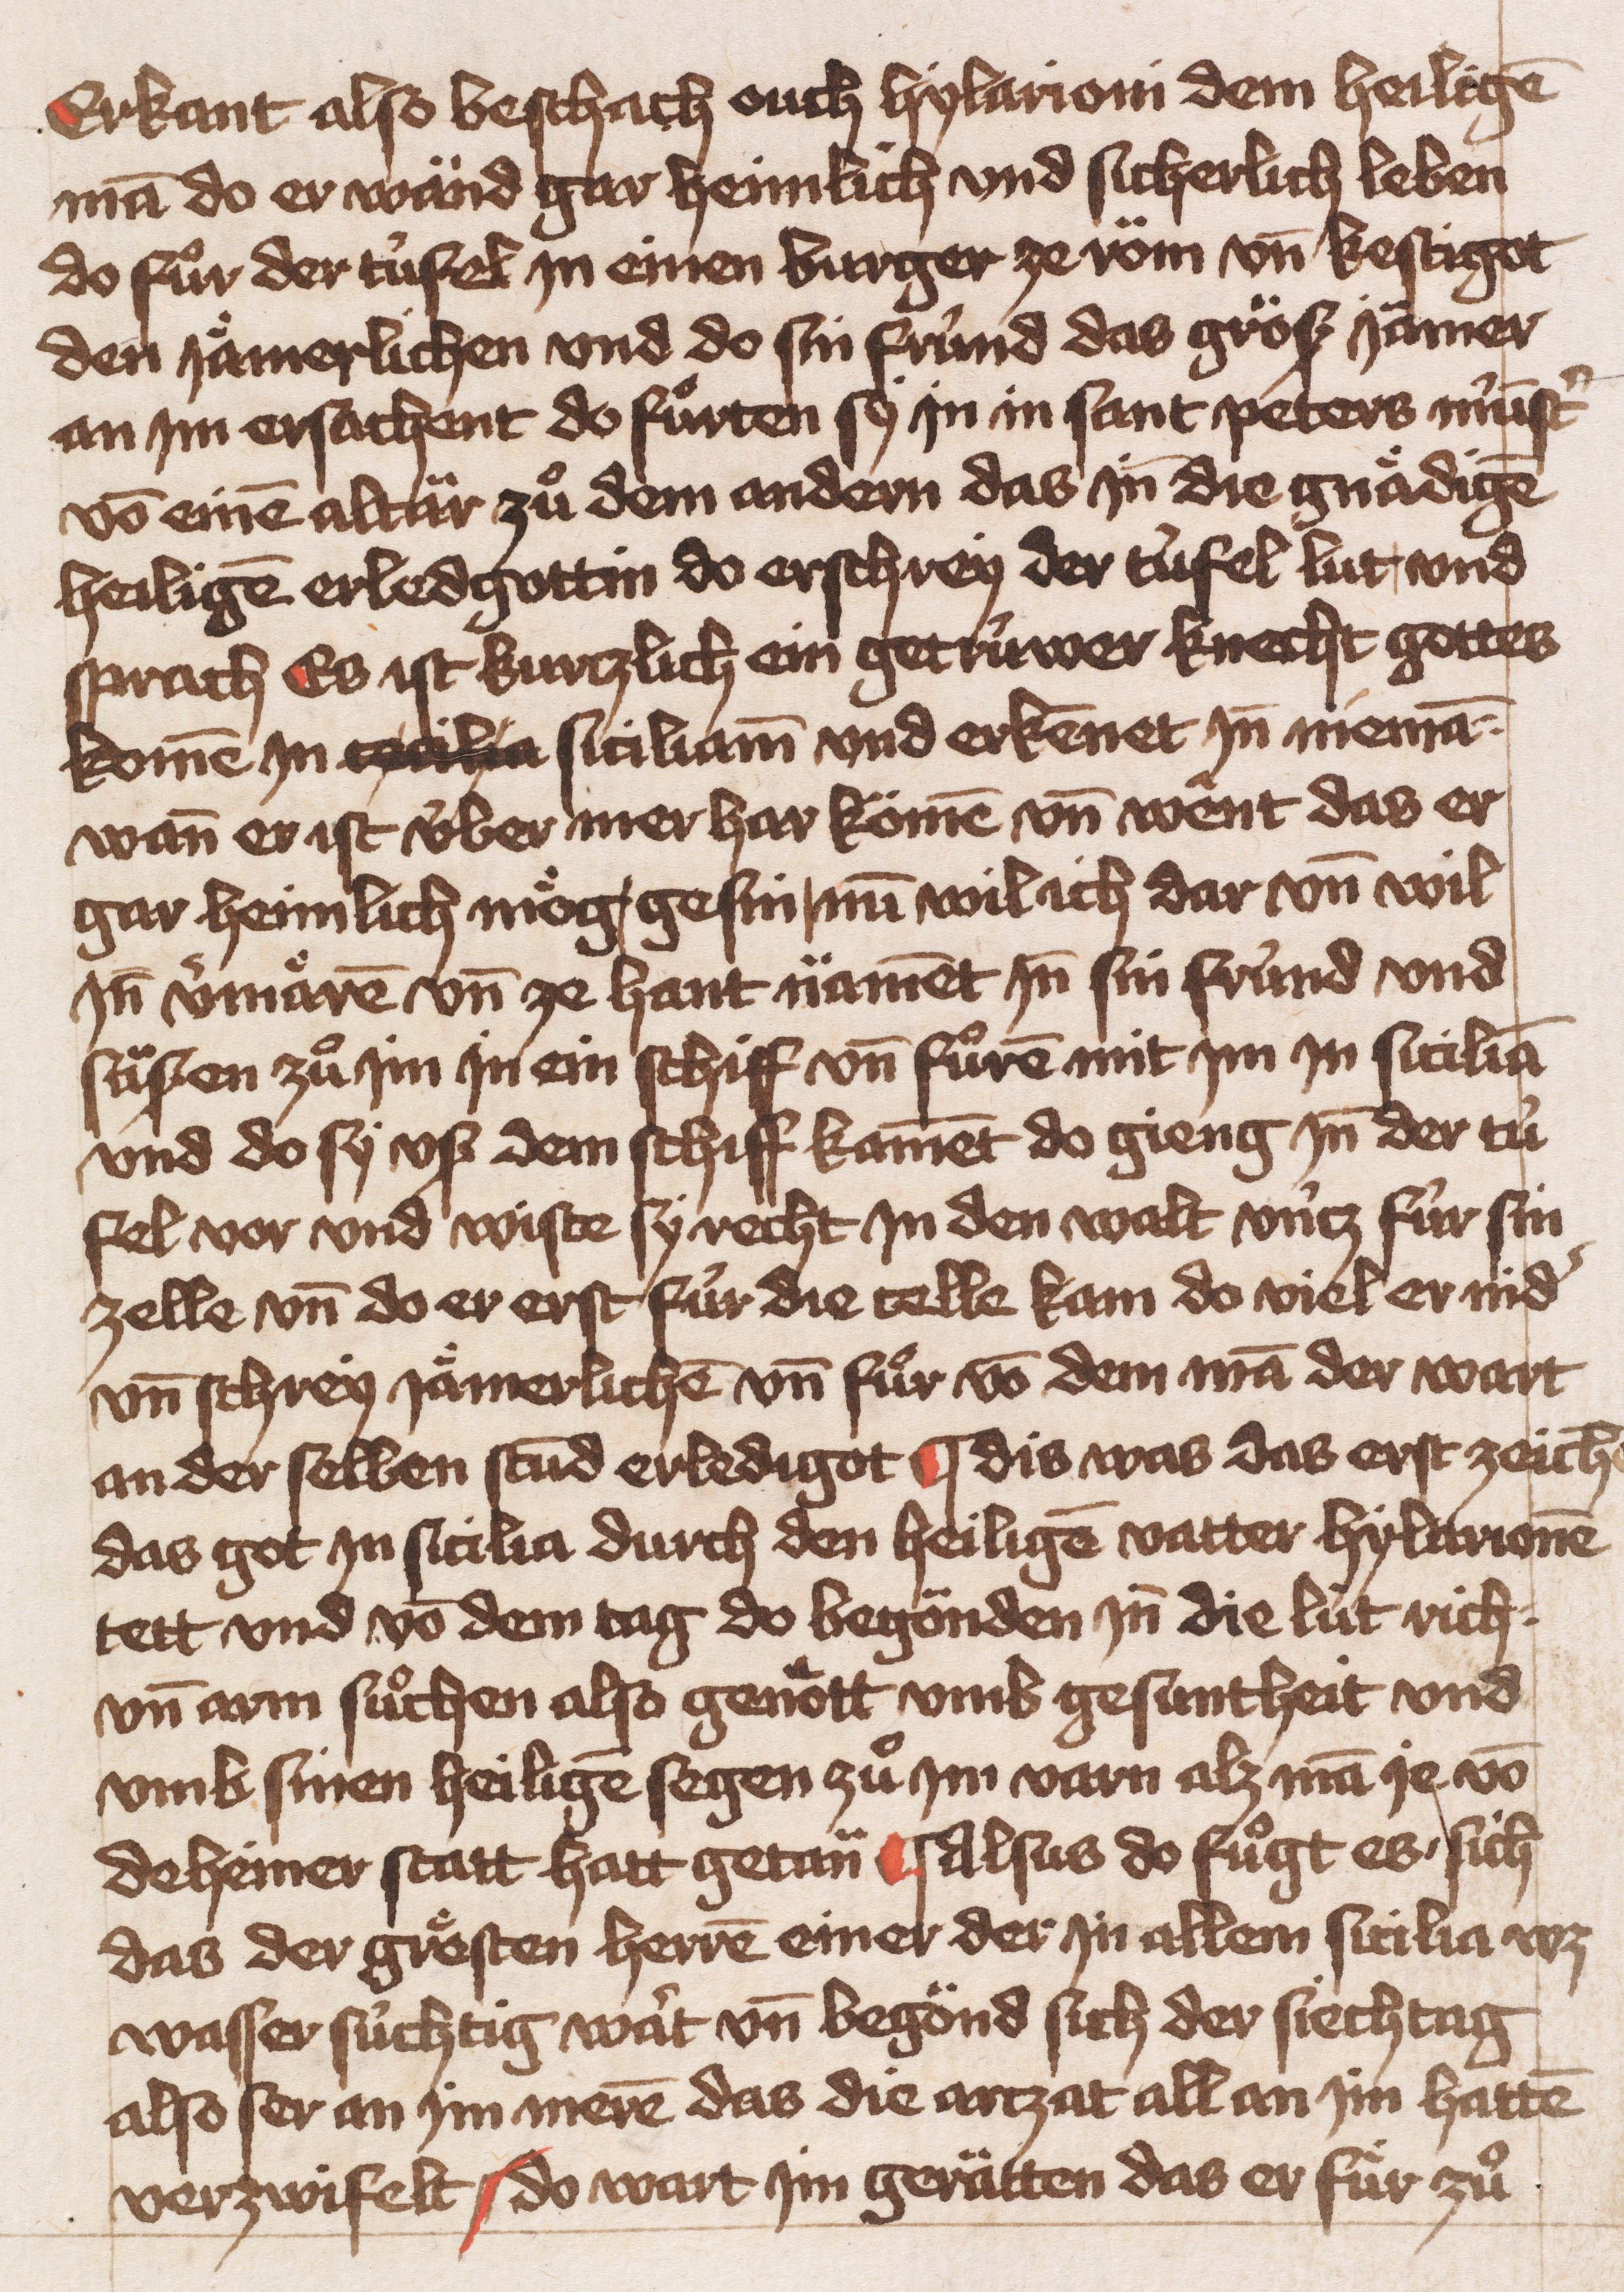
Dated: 1451–1451